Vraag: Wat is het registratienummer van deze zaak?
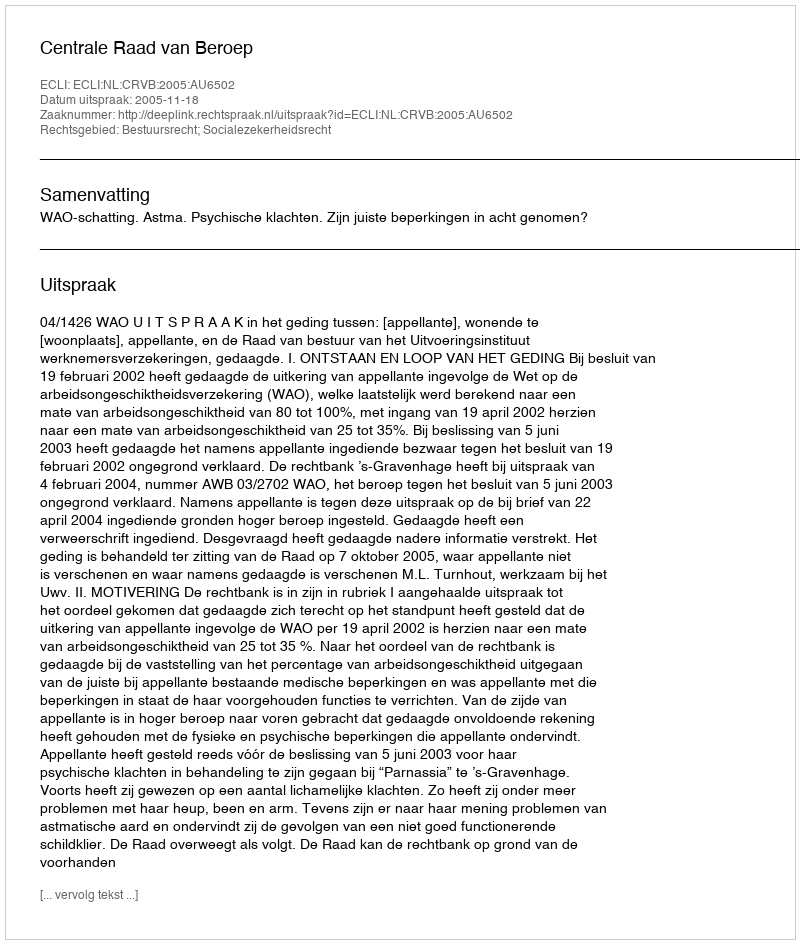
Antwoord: http://deeplink.rechtspraak.nl/uitspraak?id=ECLI:NL:CRVB:2005:AU6502